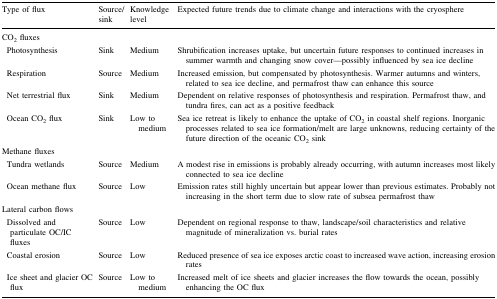
<table><thead><tr><td><b>Type of flux</b></td><td><b>Source/sink</b></td><td><b>Knowledge level</b></td><td><b>Expected future trends due to climate change and interactions with the cryosphere</b></td></tr></thead><tbody><tr><td colspan="4">CO<sub>2</sub> fluxes</td></tr><tr><td> Photosynthesis</td><td>Sink</td><td>Medium</td><td>Shrubification increases uptake, but uncertain future responses to continued increases in summer warmth and changing snow cover—possibly influenced by sea ice decline</td></tr><tr><td> Respiration</td><td>Source</td><td>Medium</td><td>Increased emission, but compensated by photosynthesis. Warmer autumns and winters, related to sea ice decline, and permafrost thaw can enhance this source</td></tr><tr><td> Net terrestrial flux</td><td>Sink</td><td>Medium</td><td>Dependent on relative responses of photosynthesis and respiration. Permafrost thaw, and tundra fires, can act as a positive feedback</td></tr><tr><td> Ocean CO<sub>2</sub> flux</td><td>Sink</td><td>Low to medium</td><td>Sea ice retreat is likely to enhance the uptake of CO<sub>2</sub> in coastal shelf regions. Inorganic processes related to sea ice formation/melt are large unknowns, reducing certainty of the future direction of the oceanic CO<sub>2</sub> sink</td></tr><tr><td colspan="4">Methane fluxes</td></tr><tr><td> Tundra wetlands</td><td>Source</td><td>Medium</td><td>A modest rise in emissions is probably already occurring, with autumn increases most likely connected to sea ice decline</td></tr><tr><td> Ocean methane flux</td><td>Source</td><td>Low</td><td>Emission rates still highly uncertain but appear lower than previous estimates. Probably not increasing in the short term due to slow rate of subsea permafrost thaw</td></tr><tr><td colspan="4">Lateral carbon flows</td></tr><tr><td> Dissolved and particulate OC/IC fluxes</td><td>Source</td><td>Low</td><td>Dependent on regional response to thaw, landscape/soil characteristics and relative magnitude of mineralization vs. burial rates</td></tr><tr><td> Coastal erosion</td><td>Source</td><td>Low</td><td>Reduced presence of sea ice exposes arctic coast to increased wave action, increasing erosion rates</td></tr><tr><td> Ice sheet and glacier OC flux</td><td>Source</td><td>Low to medium</td><td>Increased melt of ice sheets and glacier increases the flow towards the ocean, possibly enhancing the OC flux</td></tr></tbody></table>